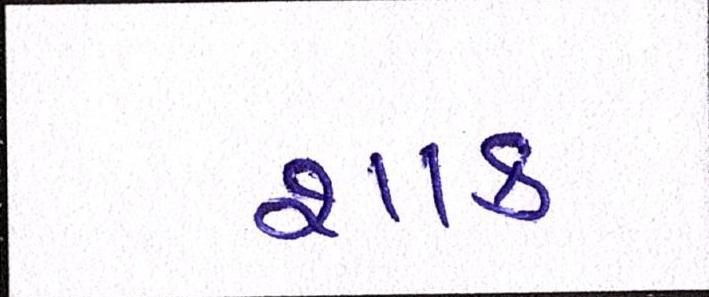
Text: શાક